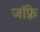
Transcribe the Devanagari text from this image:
जाॅफ़्रे